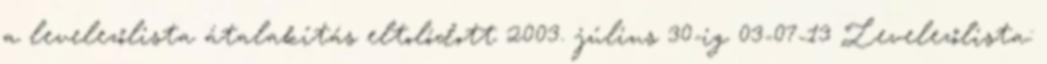
a levelezőlista átalakítás eltolódott 2003. július 30-ig 03-07-13 Levelezőlista: